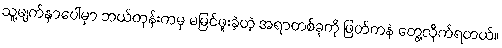
သူ့မျက်နှာပေါ်မှာ ဘယ်တုန်းကမှ မမြင်ဖူးခဲ့တဲ့ အရာတစ်ခုကို ဖြတ်ကနဲ တွေ့လိုက်ရတယ်။